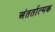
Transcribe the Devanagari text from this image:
अंतर्तात्मक